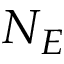
N _ { E }